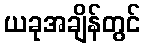
ယခုအချိန်တွင်